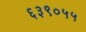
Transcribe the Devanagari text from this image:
६३९०५५